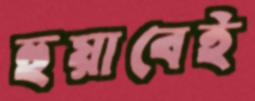
হুয়াবেই